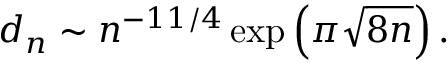
d _ { n } \sim n ^ { - 1 1 / 4 } \exp \left( \pi \sqrt { 8 n } \right) .